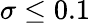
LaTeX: \sigma\leq 0.1